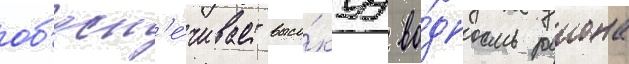
об'есп'е́чивает высо́куу во́дность раиона